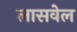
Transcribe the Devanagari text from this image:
लासवेल